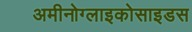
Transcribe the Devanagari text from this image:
अमीनोग्लाइकोसाइडस